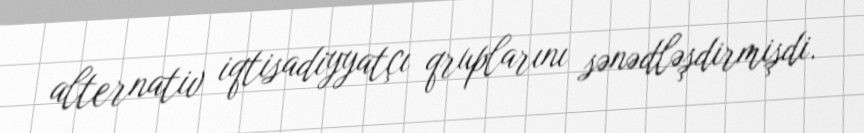
alternativ iqtisadiyyatçı qruplarını sənədləşdirmişdi.